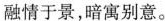
融情于景，暗寓别意。